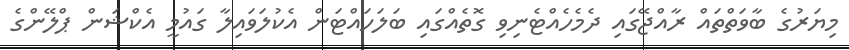
މިޔަރުގެ ބާވަތްތައް ރާއްޖޭގައި ދެމެހެއްޓެނިވި ގޮތެއްގައި ބަލަހައްޓަން އެކުލަވައިލާ ގައުމީ އެކްޝަން ޕްލޭންގެ